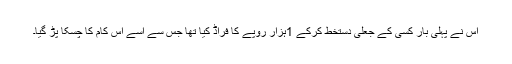
اس نے پہلی بار کسی کے جعلی دستخط کرکے 1ہزار روپے کا فراڈ کیا تھا جس سے اسے اس کام کا چسکا پڑ گیا۔